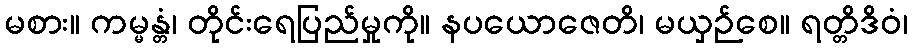
မစား။ ကမ္မန္တံ၊ တိုင်းရေပြည်မှုကို။ နပယောဇေတိ၊ မယှဉ်စေ။ ရတ္တိဒိဝံ၊